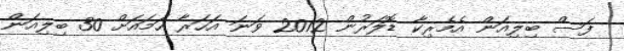
ފަސް ބިލިއަން އެމެރިކާ ޑޮލަރުން 2012 ވަނަ އަހަރާ ހަމައަށް 30 ބިލިއަން